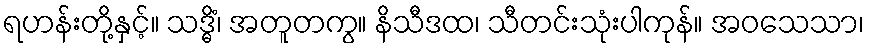
ရဟန်းတို့နှင့်။ သဒ္ဓိံ၊ အတူတကွ။ နိသီဒထ၊ သီတင်းသုံးပါကုန်။ အဝသေသာ၊